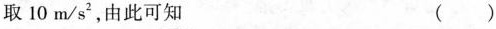
取10m/s^{2}，由此可知 ( )